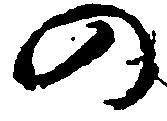
の